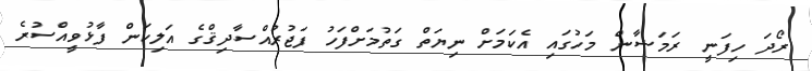
ރޯދަ ހިފަނީ ރަމަޟާން މަހުގައި އެކަމަށް ނިޔަތް ގަތުމަށްފަހު ފަަޖުރުއްސާދިޤްގެ އަލިކަން ފާޅުވީއްސުރެ